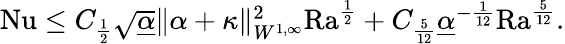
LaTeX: \begin{array}{r}{\mathrm{{Nu}}\leq C_{\frac{1}{2}}\sqrt{\underline{{\alpha}}}\| \alpha+\kappa\| _{W^{1,\infty}}^{2}\mathrm{{Ra}}^{\frac{1}{2}}+C_{\frac{5}{12}}\underline{{\alpha}}^{-\frac{1}{12}}\mathrm{{Ra}}^{\frac{5}{12}}.}\end{array}